Problem: 3 + 40 = ?
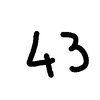
Handwritten answer: 43